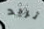
تريد